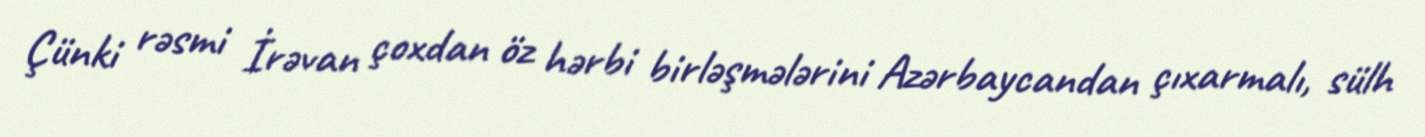
Çünki rəsmi İrəvan çoxdan öz hərbi birləşmələrini Azərbaycandan çıxarmalı, sülh